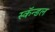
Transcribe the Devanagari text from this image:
स्कॅन्डल